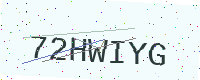
Text: 72HWIYG